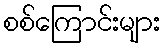
စစ်ကြောင်းများ